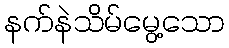
နက်နဲသိမ်မွေ့သော